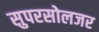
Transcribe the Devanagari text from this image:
सुपरसोलजर